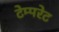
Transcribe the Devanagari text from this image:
टेम्‍परेट